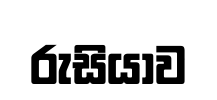
රුසියාව